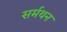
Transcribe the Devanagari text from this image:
सर्मथन